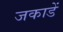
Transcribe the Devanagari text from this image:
जकाडें